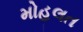
મોહલત